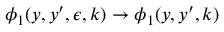
\phi _ { 1 } ( y , y ^ { \prime } , \epsilon , k ) \to \phi _ { 1 } ( y , y ^ { \prime } , k )